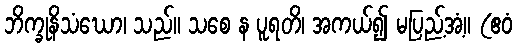
ဘိက္ခုနိသံဃော၊ သည်။ သစေ န ပူရတိ၊ အကယ်၍ မပြည့်အံ့။ (ဧဝံ